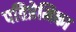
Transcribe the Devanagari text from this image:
पतिप्रेमिका